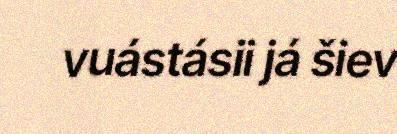
vuástásii já šiev